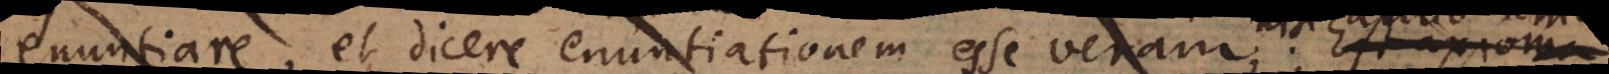
enuntiare, et dicere enuntiationem esse veram; (aa)